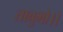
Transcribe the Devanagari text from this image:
ताबुभो।।